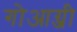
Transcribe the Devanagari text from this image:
गोआग्जी